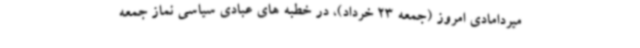
میردامادی امروز (جمعه 23 خرداد)، در خطبه های عبادی سیاسی نماز جمعه